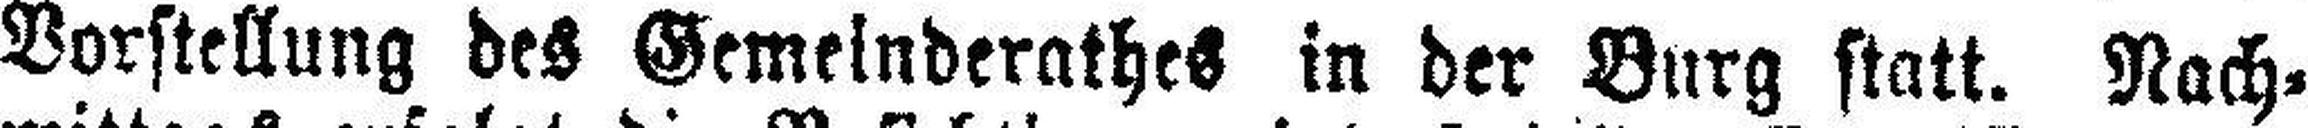
Vorstellung des Gemeinderathes in der Burg statt. Nach¬